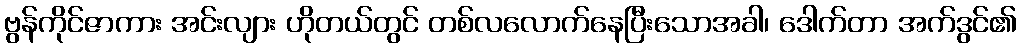
ဗွန်ကိုင်ဇာကား အင်းလျား ဟိုတယ်တွင် တစ်လလောက်နေပြီးသောအခါ၊ ဒေါက်တာ အက်ဒွင်၏